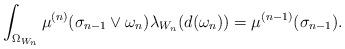
LaTeX: \begin{align*}\int_{\Omega_{W_n}}\mu^{(n)}(\sigma_{n-1}\vee\omega_n)\lambda_{W_n}(d(\omega_n))=\mu^{(n-1)}(\sigma_{n-1}). \end{align*}